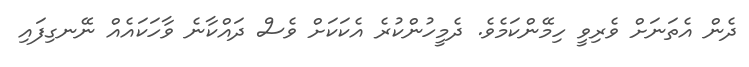
ދެން އެތަނަށް ވެރިވީ ހިމޭންކަމެވެ. ދެމީހުންކުރެ އެކަކަށް ވެސް ދައްކާނެ ވާހަކައެއް ނޭނގިފައި